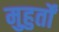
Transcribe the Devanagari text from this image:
मुहुर्तों